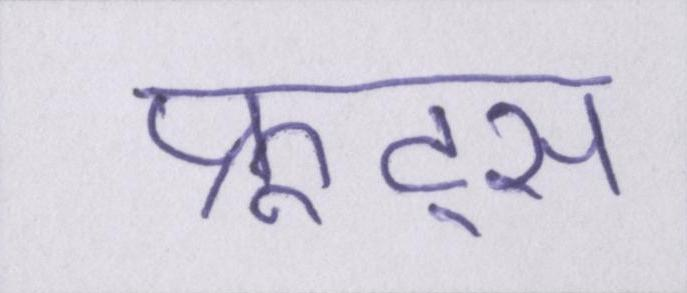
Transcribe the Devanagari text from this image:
फ्रूट्स